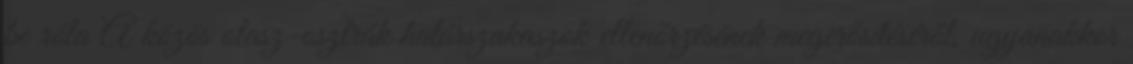
be róla A közös olasz-osztrák határszakaszok ellenőrzésének megerősítéséről, ugyanakkor